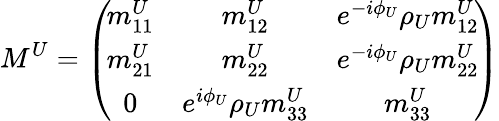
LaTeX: M^{U}=\left(\! {\begin{array}{ccc}{{{m_{11}^{U}}}}&{{{m_{12}^{U}}}}&{{e^{{-i{\phi_{U}}}}{\rho_{U}}{m_{12}^{U}}}}\\ {{{m_{21}^{U}}}}&{{{m_{22}^{U}}}}&{{e^{{-i{\phi_{U}}}}{\rho_{U}}{m_{22}^{U}}}}\\ {{0}}&{{e^{{i{\phi_{U}}}}{\rho_{U}}{m_{33}^{U}}}}&{{{m_{33}^{U}}}}\end{array}}\! \right)